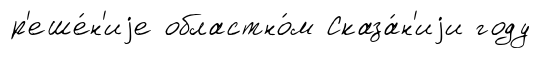
р'еше́н'иjе областно́м Сказа́н'иjи году